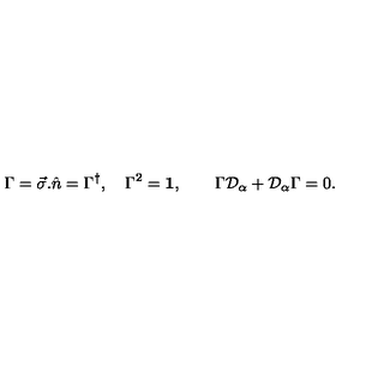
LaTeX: \Gamma = \vec { \sigma } . \hat { n } = \Gamma ^ { \dagger } , \quad \Gamma ^ { 2 } = { \bf 1 } , \qquad \Gamma { \cal D } _ { \alpha } + { \cal D } _ { \alpha } \Gamma = 0 .